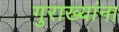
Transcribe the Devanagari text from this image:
गुराख्यांना